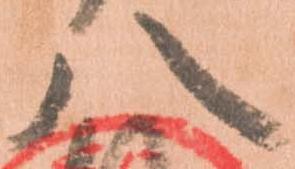
八